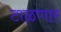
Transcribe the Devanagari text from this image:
टाळणार